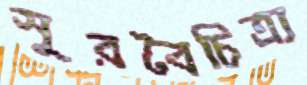
সুরবৈচিত্র্য